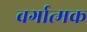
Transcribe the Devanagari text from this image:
वर्गात्मक